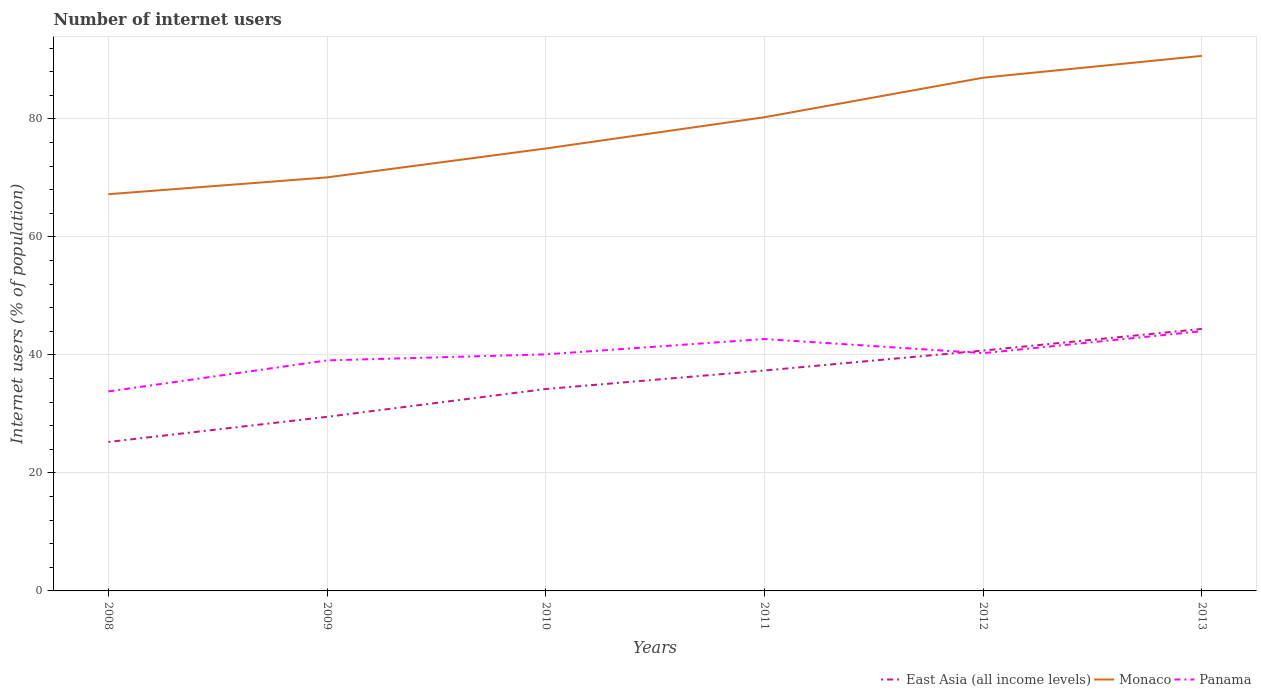
| Years | East Asia (all income levels) | Monaco | Panama |
 | --- | --- | --- | --- |
 | 2008 | 25.3 | 67.2 | 33.8 |
 | 2009 | 29.5 | 70.1 | 39.1 |
 | 2010 | 34.2 | 75 | 40.1 |
 | 2011 | 37.4 | 80.3 | 42.7 |
 | 2012 | 40.7 | 87 | 40.3 |
 | 2013 | 44.4 | 90.7 | 44 |